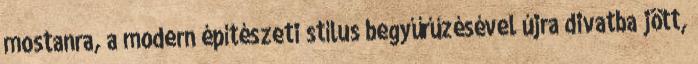
mostanra, a modern építészeti stílus begyűrűzésével újra divatba jött,